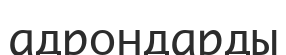
адрондарды